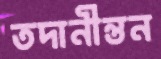
তদানীন্তন